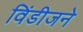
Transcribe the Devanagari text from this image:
विंडीजने